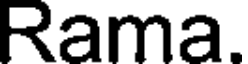
Rama.